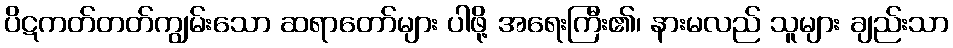
ပိဋကတ်တတ်ကျွမ်းသော ဆရာတော်များ ပါဖို့ အရေးကြီး၏၊ နားမလည် သူများ ချည်းသာ